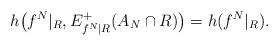
LaTeX: \begin{align*}h\big( f^N|_R,E^+_{f^N|R}(A_N\cap R)\big) = h(f^N|_R).\end{align*}